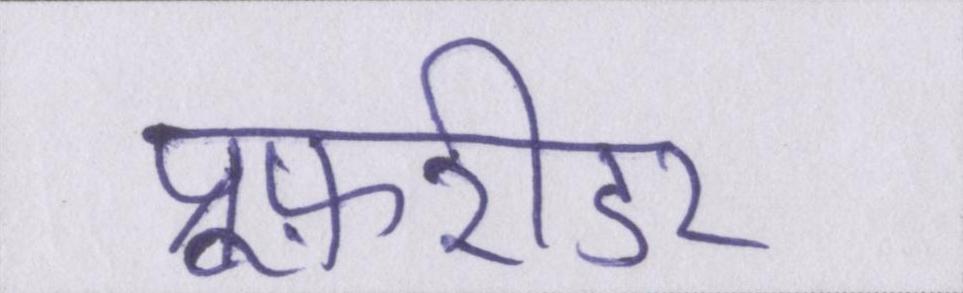
प्रूफ़रीडर